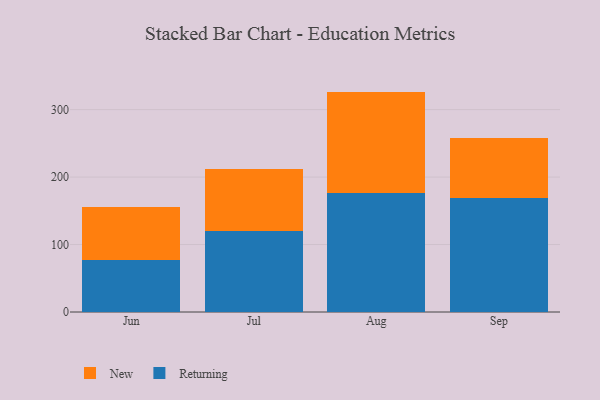
{"axis": {"x": "Month", "y": "Inventory Turnover"}, "legend": ["New", "Returning"], "data": [{"x": "Jun", "y": 77.3, "type": "Returning"}, {"x": "Jun", "y": 79.0, "type": "New"}, {"x": "Jul", "y": 120.0, "type": "Returning"}, {"x": "Jul", "y": 91.9, "type": "New"}, {"x": "Aug", "y": 176.5, "type": "Returning"}, {"x": "Aug", "y": 150.2, "type": "New"}, {"x": "Sep", "y": 169.5, "type": "Returning"}, {"x": "Sep", "y": 88.3, "type": "New"}]}